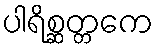
ပါရိစ္ဆတ္တကေ